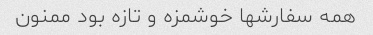
همه سفارشها خوشمزه و تازه بود ممنون